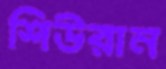
শিউরান